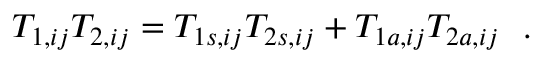
\begin{array} { r } { T _ { 1 , i j } T _ { 2 , i j } = T _ { 1 s , i j } T _ { 2 s , i j } + T _ { 1 a , i j } T _ { 2 a , i j } } \end{array} \, .